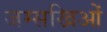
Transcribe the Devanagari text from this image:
जम्सखिओं